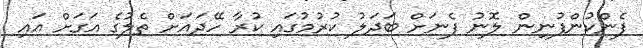
ފެންކުންފުނިން ލޮނު ފެނަށް ބަދަލު ކުރުމުގައި ކުރާ ހޭދައަށް ތެލުގެ އަގަށް އައި